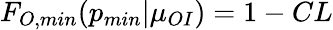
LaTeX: F_{O,min}(p_{min}|\mu_{OI})=1-CL